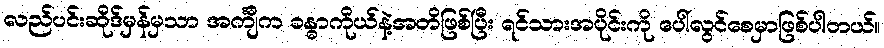
လည်ပင်းဆိုဒ်မှန်မှသာ အင်္ကျီက ခန္ဓာကိုယ်နဲ့အတိဖြစ်ပြီး ရင်သားအပိုင်းကို ပေါ်လွင်စေမှာဖြစ်ပါတယ်။